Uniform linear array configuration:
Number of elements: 24
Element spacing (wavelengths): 0.5
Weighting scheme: hamming
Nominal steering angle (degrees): -30
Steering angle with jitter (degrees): -31.284
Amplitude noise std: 0.05
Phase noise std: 0.05

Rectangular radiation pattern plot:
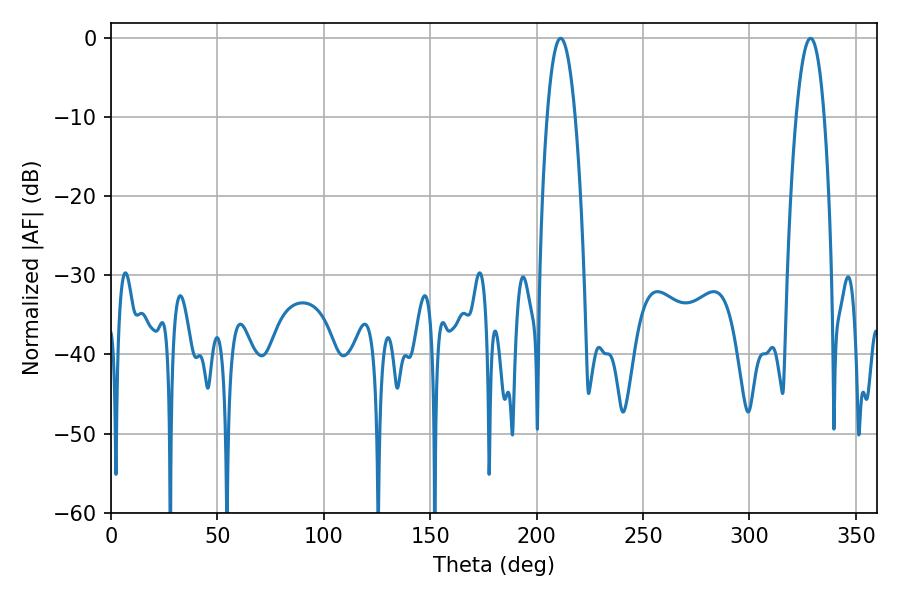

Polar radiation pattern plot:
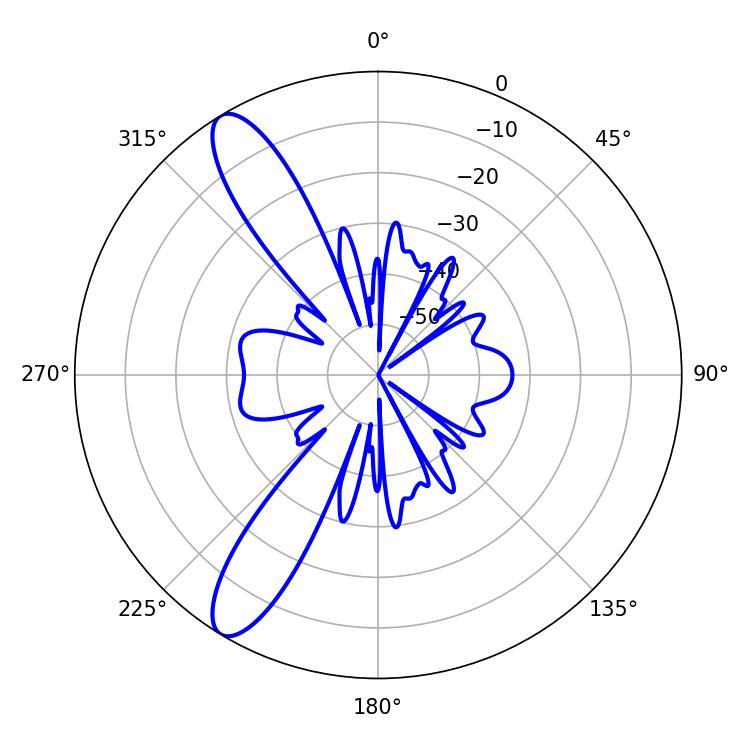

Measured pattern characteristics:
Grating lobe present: FALSE
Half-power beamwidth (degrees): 7.2
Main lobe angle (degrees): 211.32